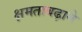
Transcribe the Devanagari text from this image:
क्षमताबढ़ाने